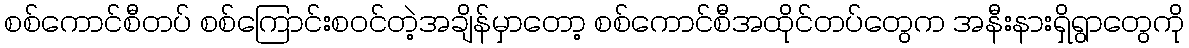
စစ်ကောင်စီတပ် စစ်ကြောင်းစဝင်တဲ့အချိန်မှာတော့ စစ်ကောင်စီအထိုင်တပ်တွေက အနီးနားရှိရွာတွေကို